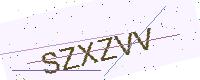
Text: SZXZVV